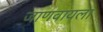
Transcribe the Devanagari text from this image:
जाणवायला